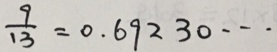
\frac { 9 } { 1 3 } = 0 . 6 9 2 3 0 \cdots